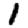
Digit: 1